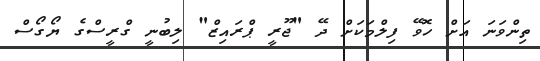
ތިންވަނަ އަށް ހޮވޭ ފިލްމަކަށް ދޭ "ޖޫރީ ޕްރައިޒް" ލިބުނީ ގްރީސްގެ ޔޯގޯސް